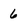
Character: 6